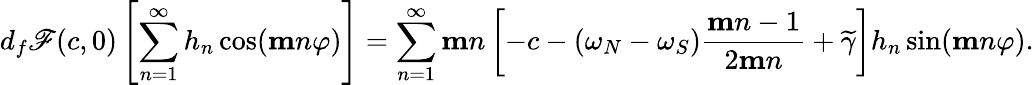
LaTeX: d_{f}\mathscr{F}(c,0)\left[\sum_{n=1}^{\infty}h_{n}\cos(\mathbf{m}n\varphi)\right]=\sum_{n=1}^{\infty}\mathbf{m}n\left[-c-(\omega_{N}-\omega_{S})\frac{\mathbf{m}n-1}{2\mathbf{m}n}+\widetilde{\gamma}\right]h_{n}\sin(\mathbf{m}n\varphi).